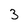
Character: 3